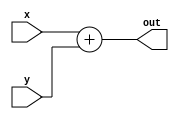
module Addder
(
input [63:0] x,
input [63:0] y,
output reg [63:0] out

);

always@(x or y)
	begin
		out = x + y;
	end
	
endmodule